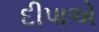
દીપાએ